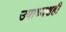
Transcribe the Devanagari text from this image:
उपाध्यक्षही